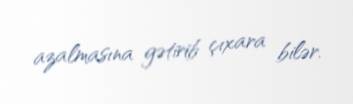
azalmasına gətirib çıxara bilər.